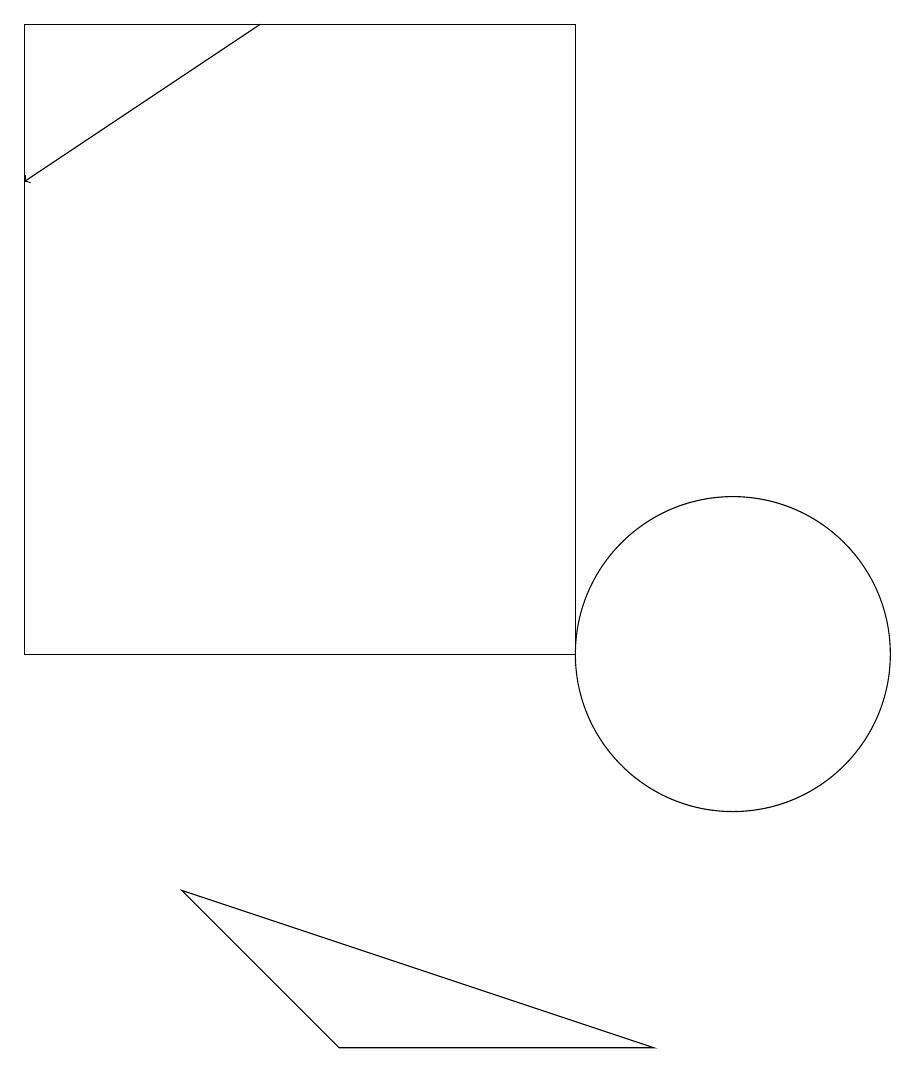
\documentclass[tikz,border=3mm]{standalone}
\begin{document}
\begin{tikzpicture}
\draw (8,18) rectangle (1,10);
\draw (10,10) circle (2);
\draw (10,10) circle (0);
\draw (5,5) -- (3,7) -- (9,5) -- cycle;
\draw[->] (4,18) -- (1,16);
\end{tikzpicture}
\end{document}